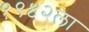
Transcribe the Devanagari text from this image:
१९४२ला